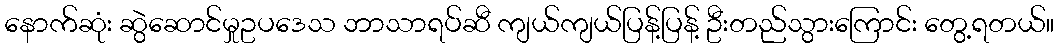
နောက်ဆုံး ဆွဲဆောင်မှုဥပဒေသ ဘာသာရပ်ဆီ ကျယ်ကျယ်ပြန့်ပြန့် ဦးတည်သွားကြောင်း တွေ့ရတယ်။